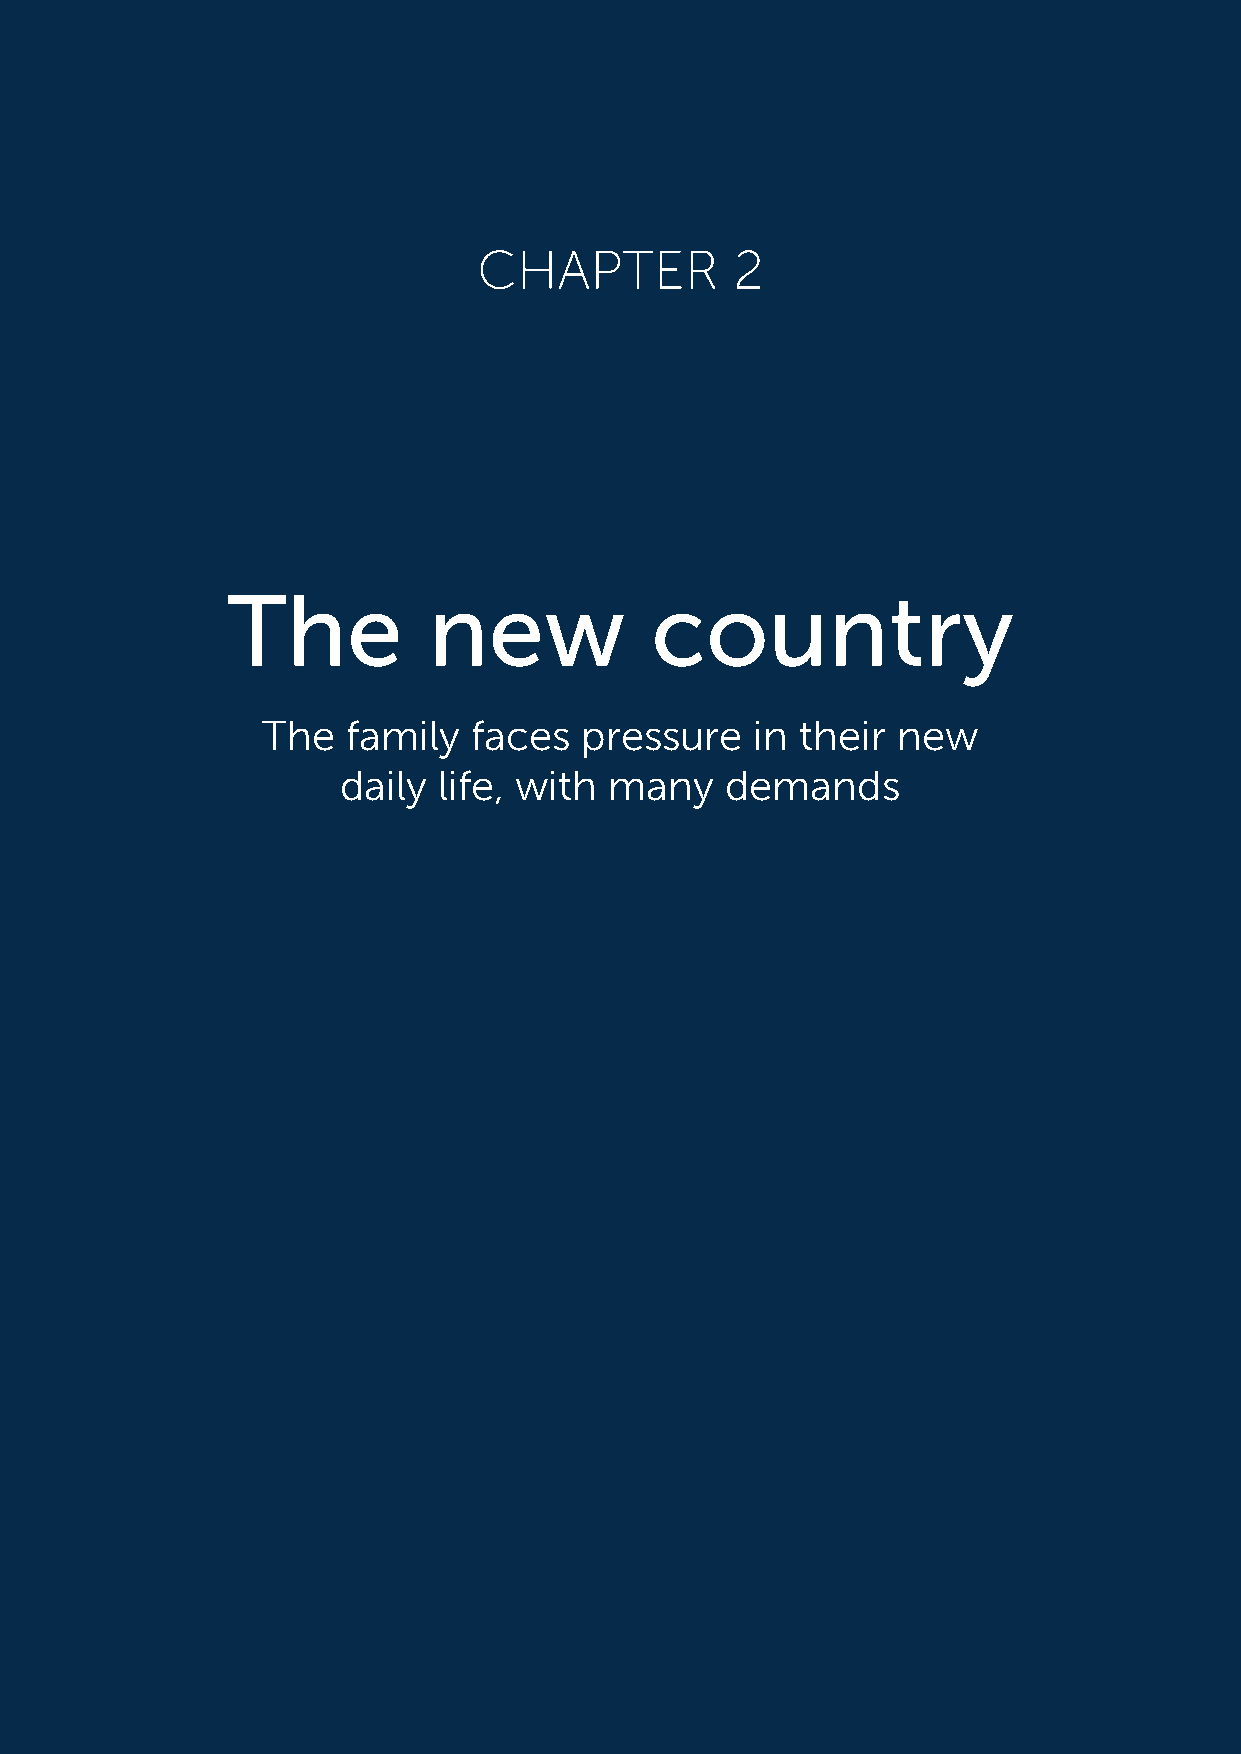
CHAPTER          2
 The          new            country
 The   family  faces  pressure    in their new
 daily life, with many    demands
 11
 NHIB - THE NORWEGIAN HEALTHCARE INVESTIGATION BOARD